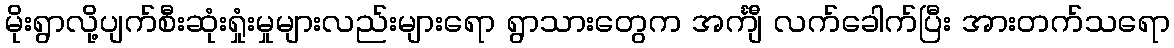
မိုးရွာလို့ပျက်စီးဆုံးရှုံးမှုများလည်းများရော ရွာသားတွေက အင်္ကျီ လက်ခေါက်ပြီး အားတက်သရော